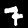
Digit: 7